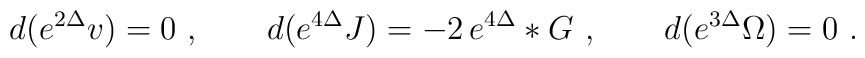
d(e^{2\Delta} v)=0\ , \qquad  d( e^{4 \Delta} J)= -2 \,e^{4 \Delta}* G\ ,\qquad d(e^{3 \Delta} \Omega)=0\ .